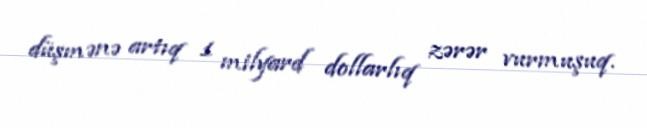
düşmənə artıq 1 milyard dollarlıq zərər vurmuşuq.